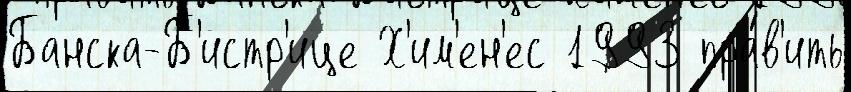
Банска-Б'истр'ице Х'им'ен'ес 1993 пра́в'ить